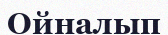
Ойналып